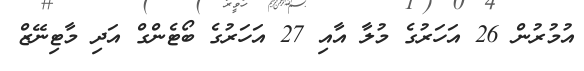
އުމުރުން 26 އަހަރުގެ މުލާ އާއި 27 އަހަރުގެ ބޯޓެންގް އަދި މާޓިނޭޒް